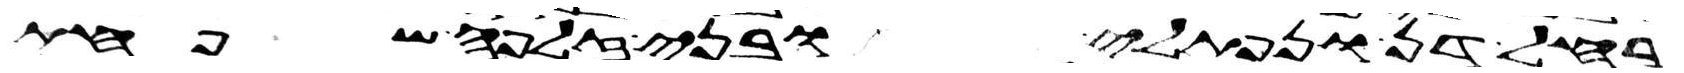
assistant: רחל דן ונפתלי ובני זלפה שפחת